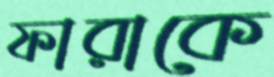
ফারাকে